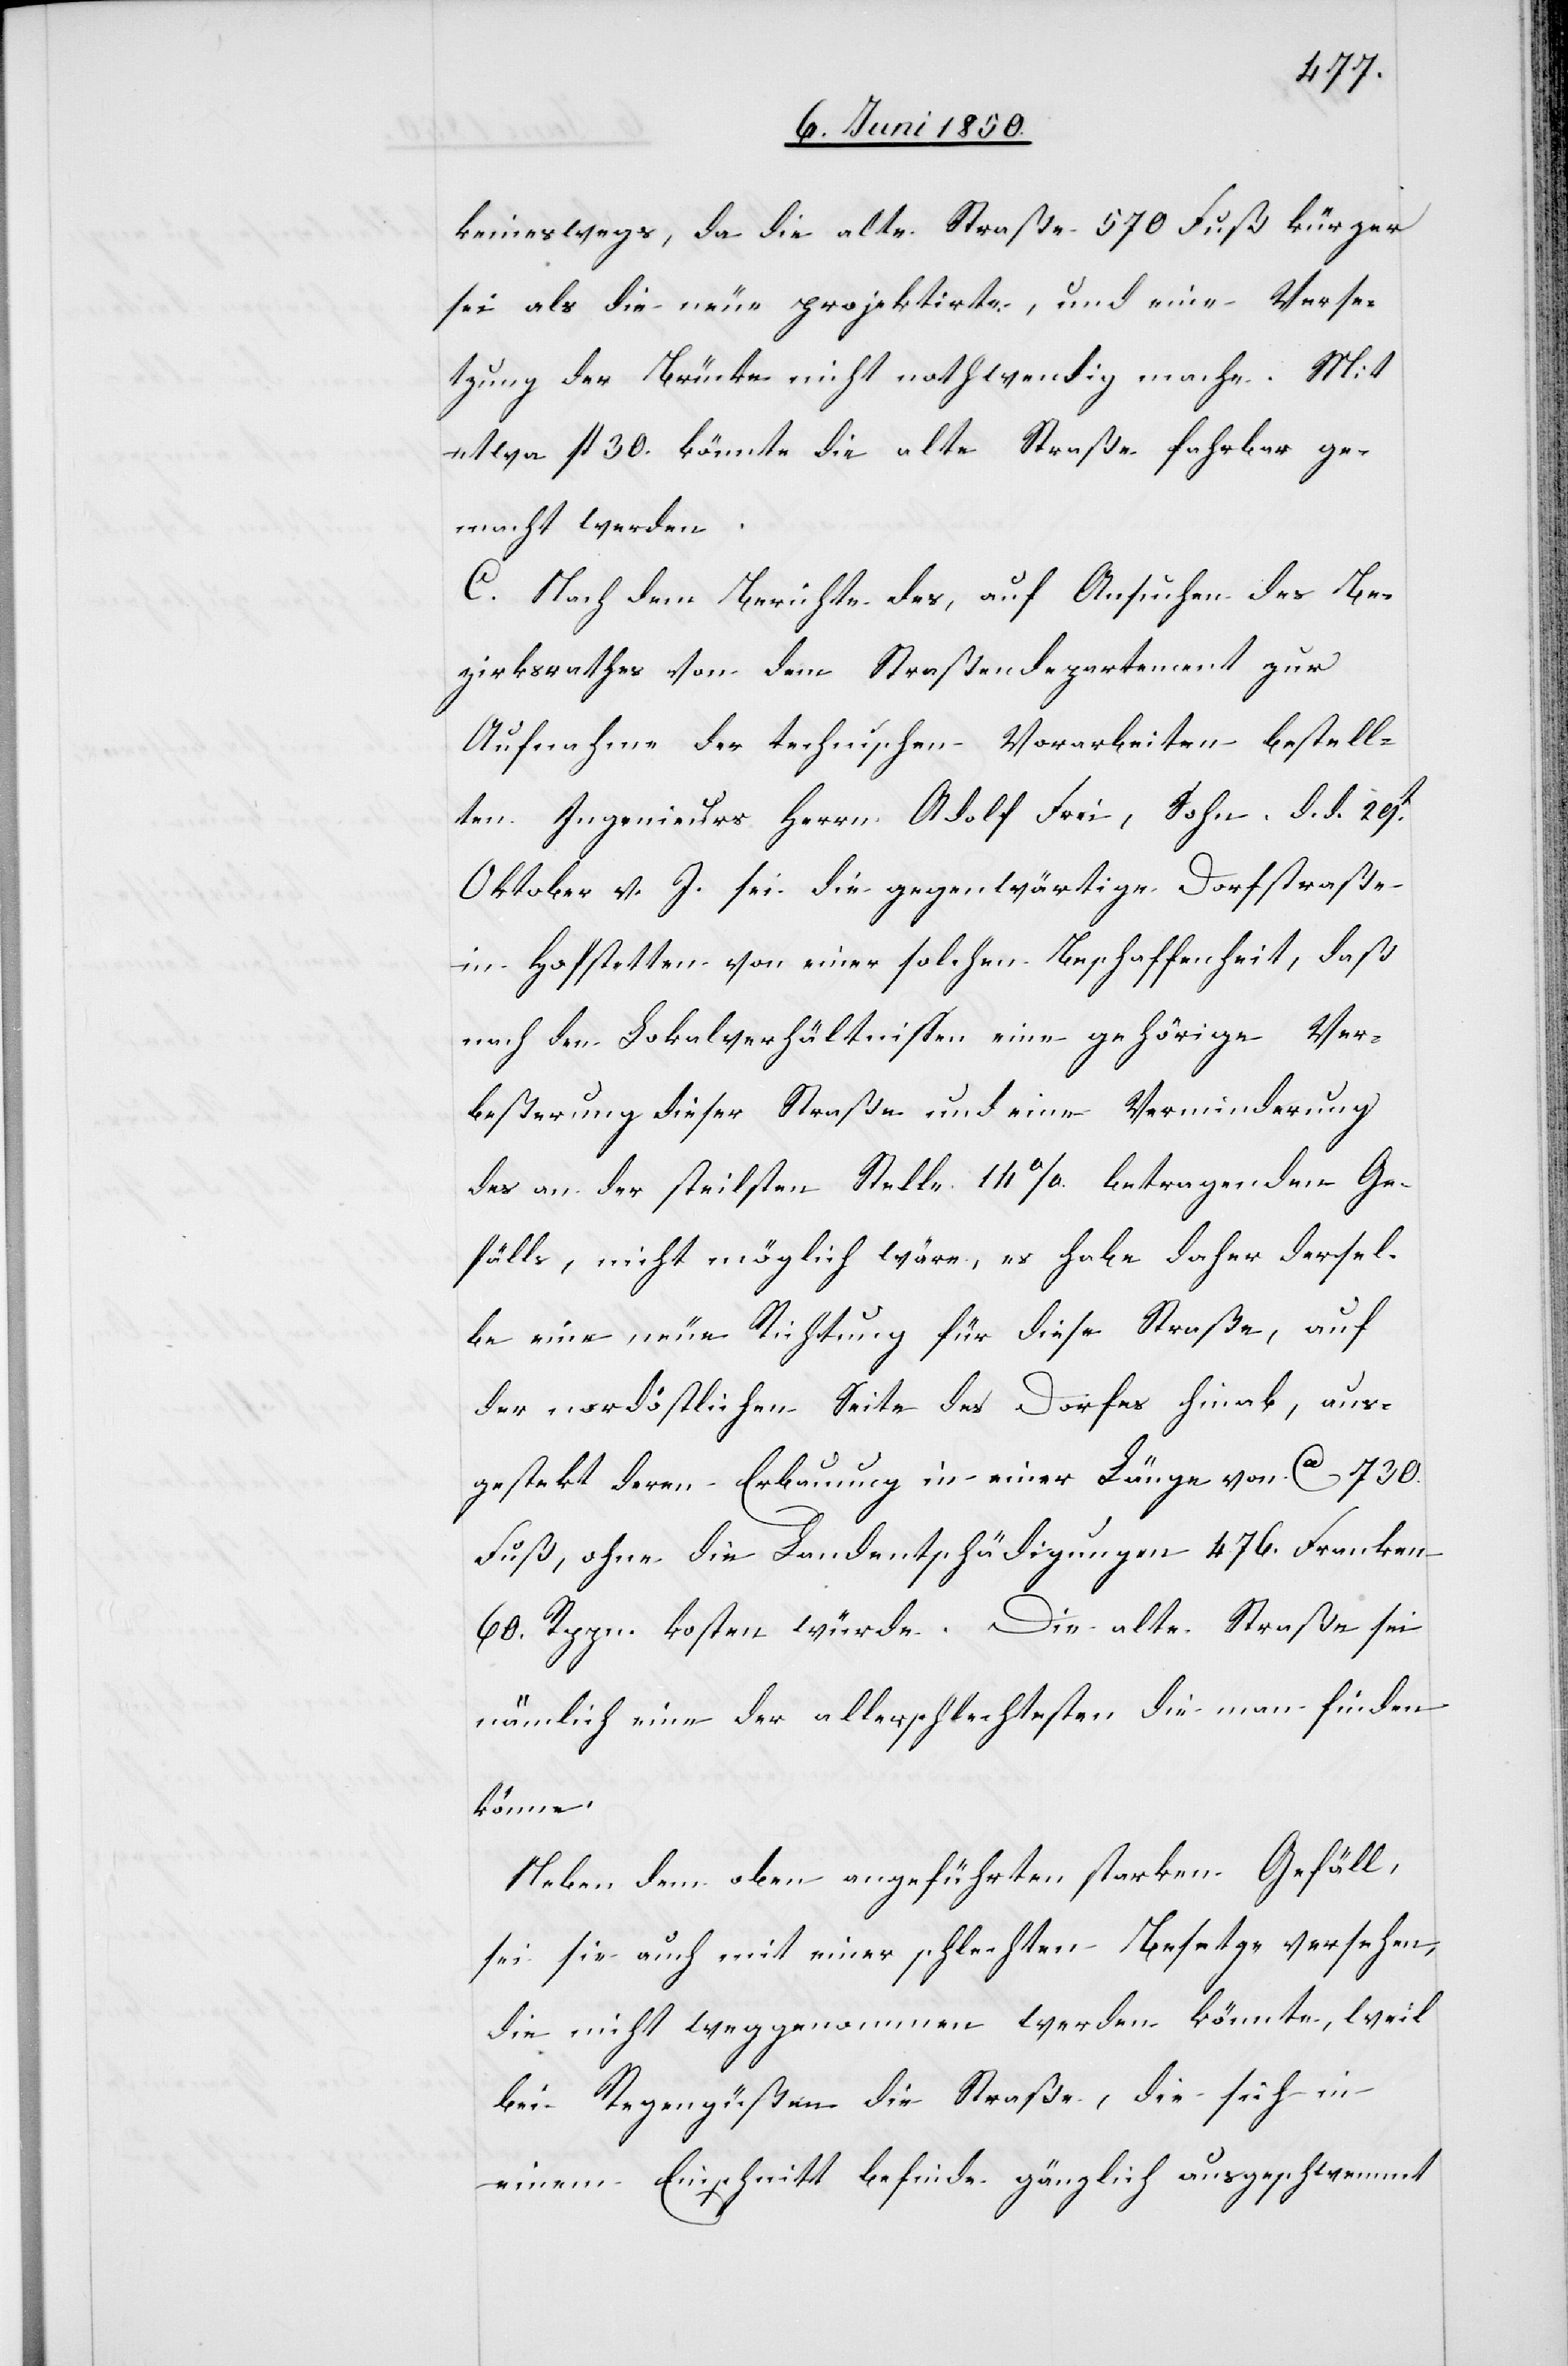
keineswegs, da die alte Straße 570 Fuß kürzer
sei als die neue projektirte, und eine Verse¬
tzung der Brücke nicht nothwendig mache. Mit
etwa fl 30. könnte die alte Straße fahrbar ge¬
macht werden.
C. Nach dem Berichte des, auf Ansuchen des Be¬
zirksrathes von dem Straßendepartement zur
Aufnahme der technischen Vorarbeiten bestell¬
ten Ingenieurs Herrn Adolf Frei, Sohn d. d. 29t
Oktober v. J. sei die gegenwärtige Dorfstraße
in Hofstetten von einer solchen Beschaffenheit, daß
nach den Lokalverhältnissen eine gehörige Ver¬
beßerung dieser Straße und eine Verminderung
des an der steilsten Stelle 14 % betragenden Ge¬
fälls, nicht möglich wäre, es habe daher dersel¬
be eine neue Richtung für diese Straße, auf
der nordöstlichen Seite des Dorfes hinab, aus¬
gestekt deren Erbauung in einer Länge von Ca 730.
Fuß, ohne die Landentschädigungen 476. Franken
60. Rppn. kosten würde. Die alte Straße sei
nämlich eine der allerschlechtesten die man finden
könne.
Neben dem oben angeführten starken Gefäll,
sei sie auch mit einer schlechten Besetze versehen,
die nicht weggenommen werden könnte, weil
bei Regengüßen die Straße, die sich in
einem Einschnitt befinde gänzlich ausgeschwemmt